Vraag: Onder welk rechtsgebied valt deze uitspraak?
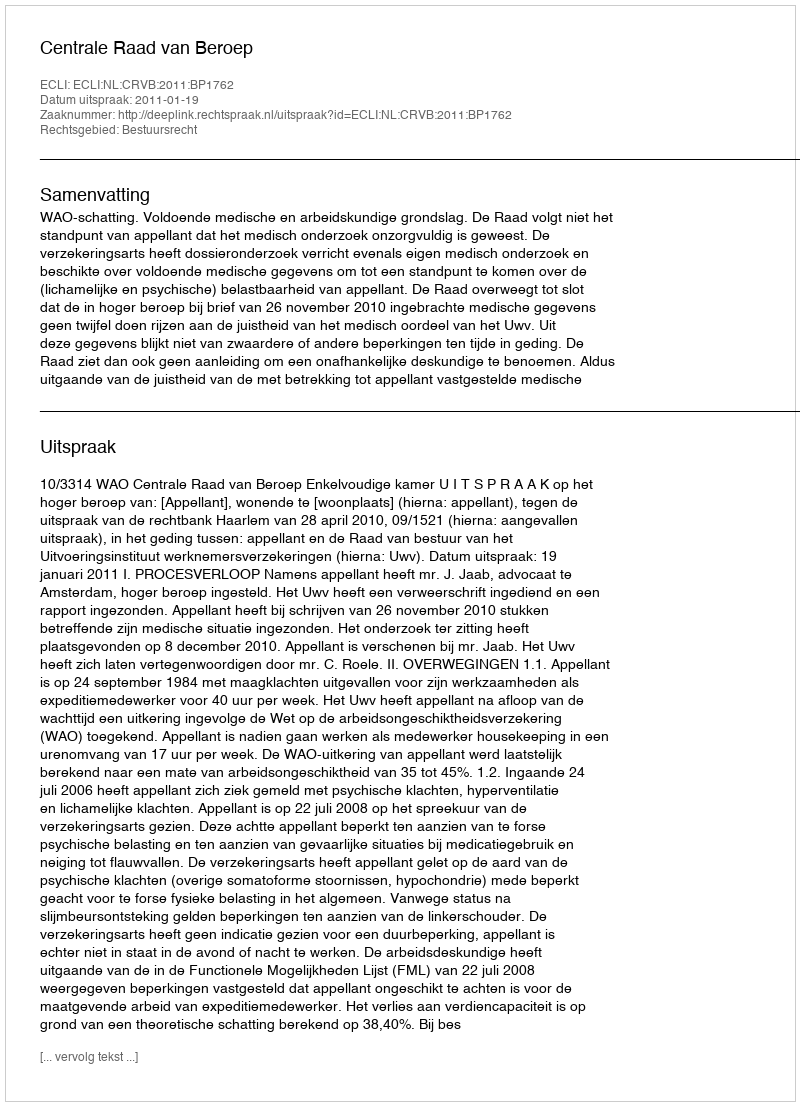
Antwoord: Bestuursrecht